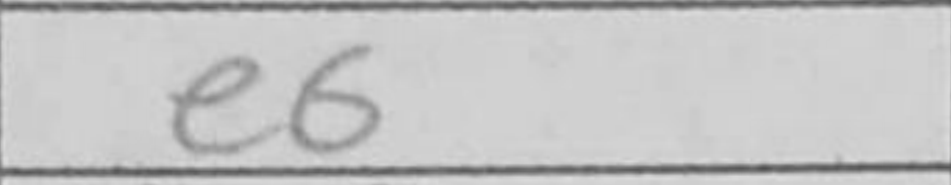
Transcription: e6